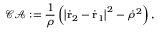
\mathcal { C A } : = \frac { 1 } { \rho } \left( \left| \dot { \mathbf { r } } _ { 2 } - \dot { \mathbf { r } } _ { 1 } \right| ^ { 2 } - \dot { \rho } ^ { 2 } \right) ,